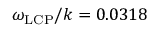
\omega _ { \mathrm { L C P } } / k = 0 . 0 3 1 8